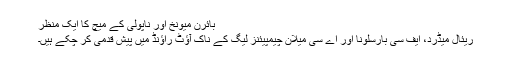
بائرن میونخ اور ناپولی کے میچ کا ایک منظر
ریئال میڈرد، ایف سی بارسلونا اور اے سی میلان چیمپیئنز لیگ کے ناک آؤٹ راؤنڈ میں پیش قدمی کر چکے ہیں۔